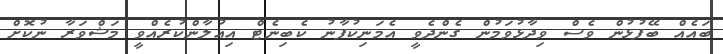
ބައެއް ބޭފުޅުން ވެސް ވިދާޅުވަމުން ގެންދެވީ އެމަނިކުފާނު ކެބިނެޓް އިއުލާންކުރެއްވީ މަޝްވަރާ ނުކޮށް